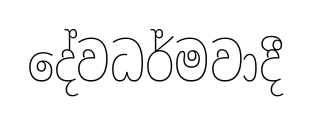
දේවධර්මවාදී